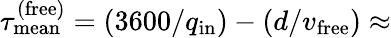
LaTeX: \tau_{\mathrm{mean}}^{\mathrm{(free)}}=(3600/q_{\mathrm{in}})-(d/v_{\mathrm{free}})\approx